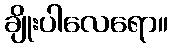
ချိုးပါလေရော။